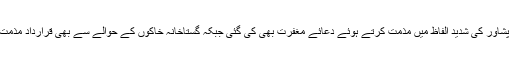
اجلاس میں سانحہ پشاور کی شدید الفاظ میں مذمت کرتے ہوئے دعائے مغفرت بھی کی گئی جبکہ گستاخانہ خاکوں کے حوالے سے بھی قرارداد مذمت منظور کی گئی ۔